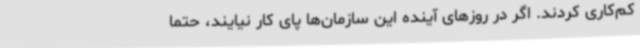
کم‌کاری کردند. اگر در روزهای آینده این سازمان‌ها پای کار نیایند، حتما